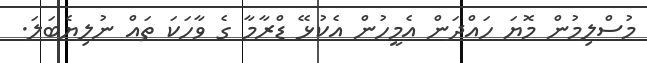
މުސްލިމުން މޮޔަ ހައްދަން އެމީހުން އެކުޅޭ ޑްރާމާ ގެ ވާހަކަ ތައް ނުލިޔެބަލަ.